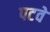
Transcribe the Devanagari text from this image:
पटवे